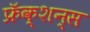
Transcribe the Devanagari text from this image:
फ्रॅक्शन्स